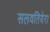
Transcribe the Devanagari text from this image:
सलवतियेरा